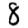
Digit: 8